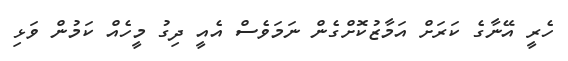
ހެރީ އޭނާގެ ކަރަށް އަމާޒުކޮށްގެން ނަމަވެސް އެއީ ދިގު މީހެއް ކަމުން ވަޅި